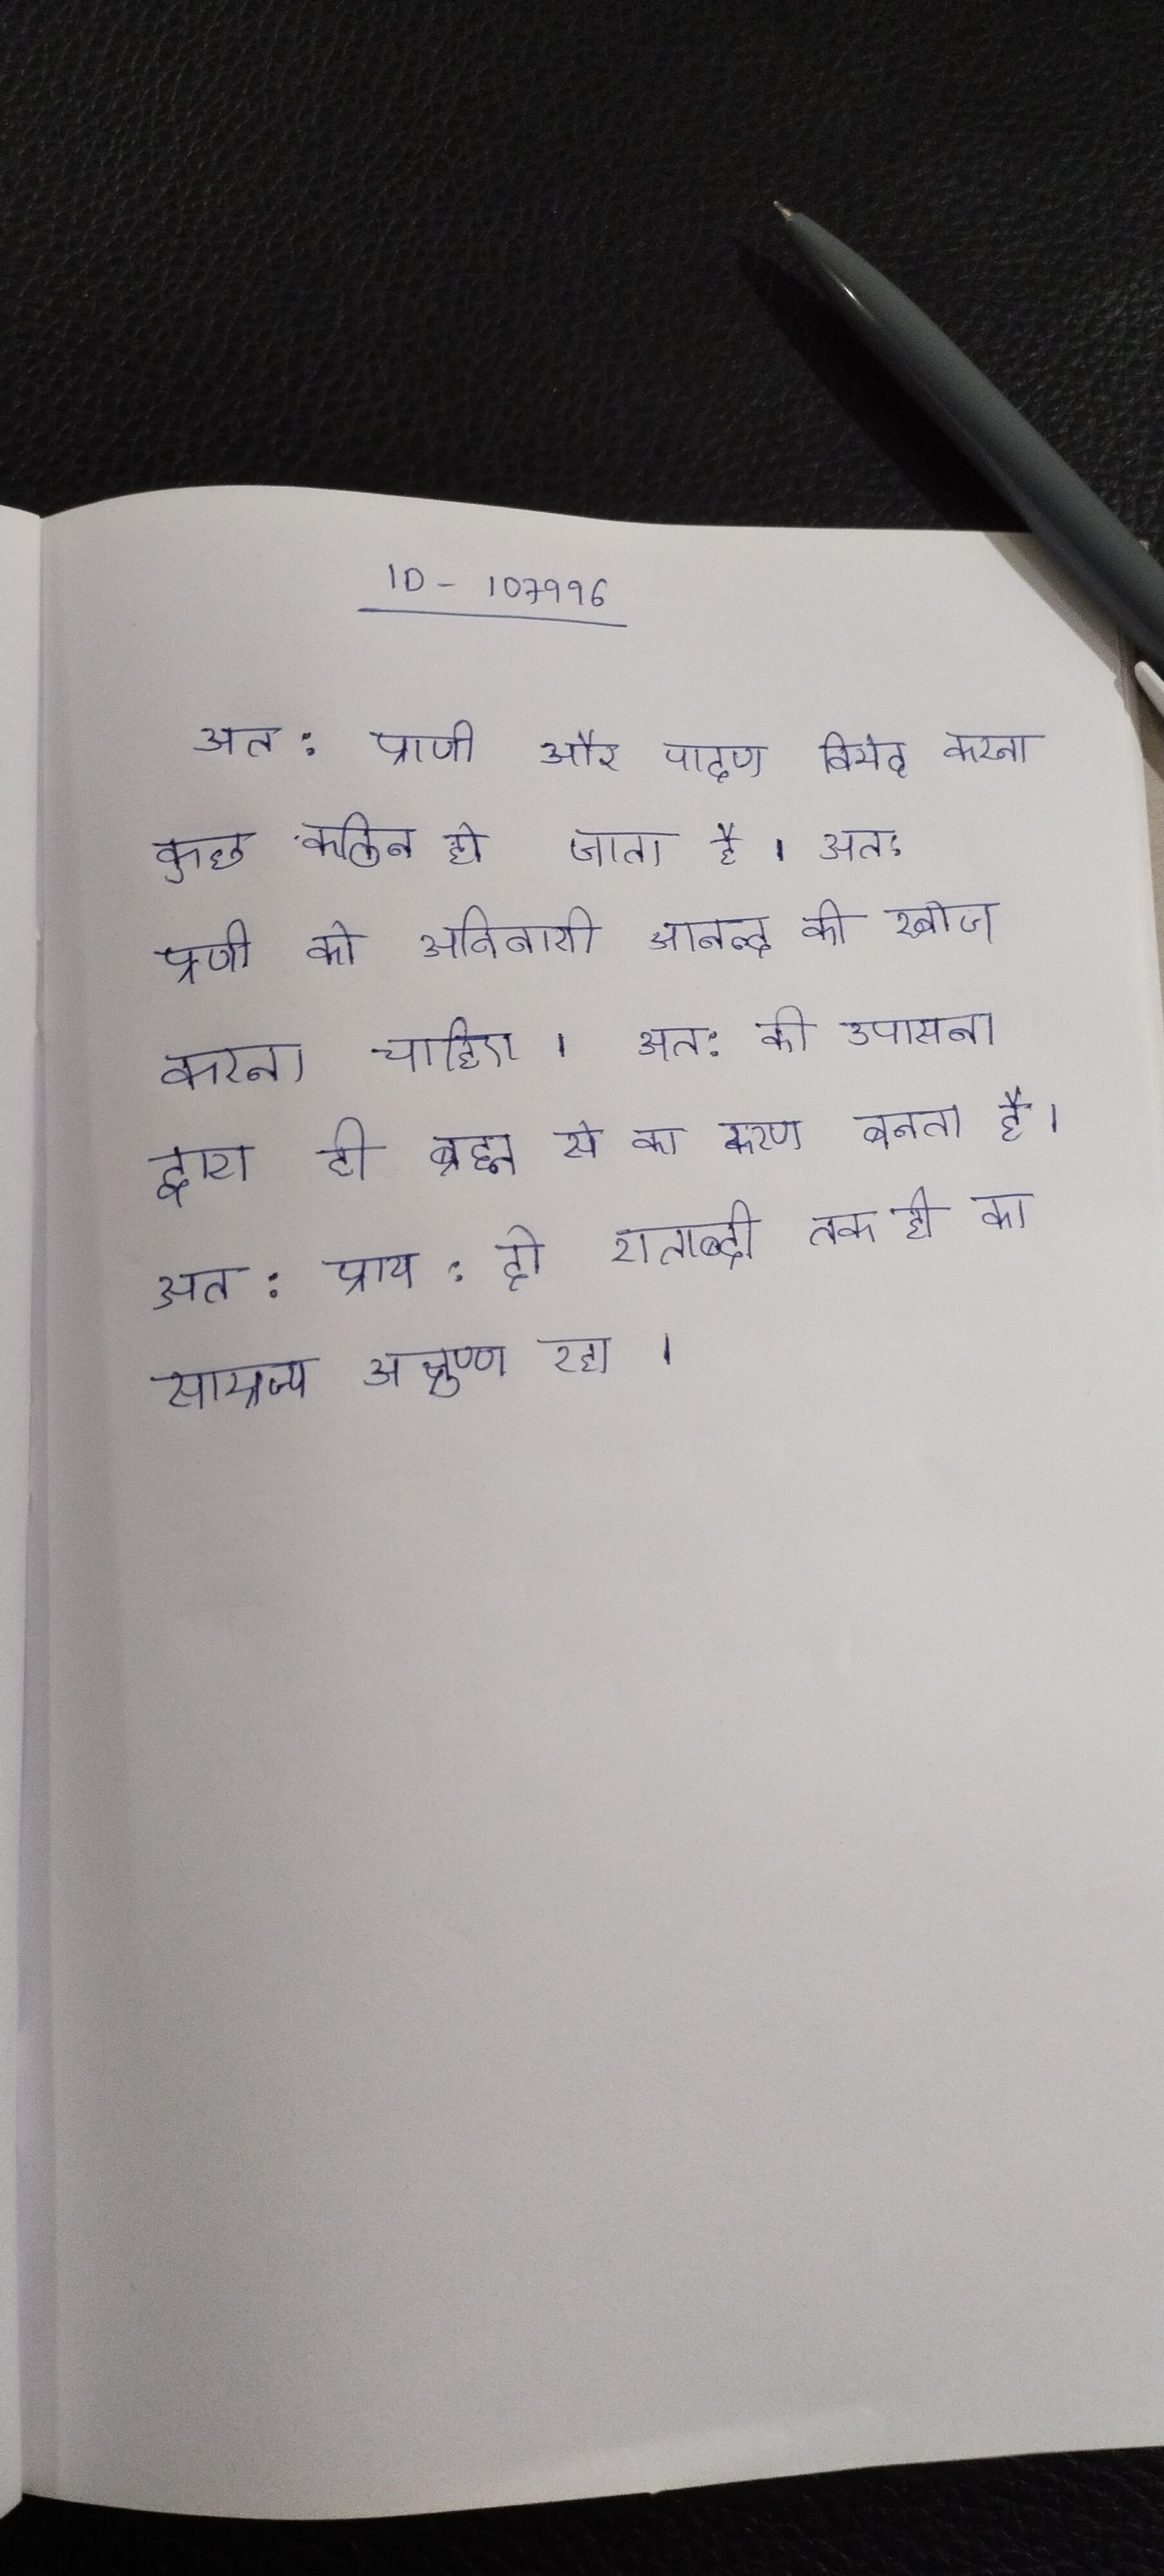
अत: प्राणी और पादप विभेद करना कुछ कठिन हो जाता है । अत: प्राणी को अविनाशी आनन्द की खोज करनी चाहिए । अत: की उपासना द्वारा ही ब्रह्म से का कारण बनता है । अत: प्राय: दो शताब्दी तक ही का साम्राज्य अक्षुण्ण रहा ।